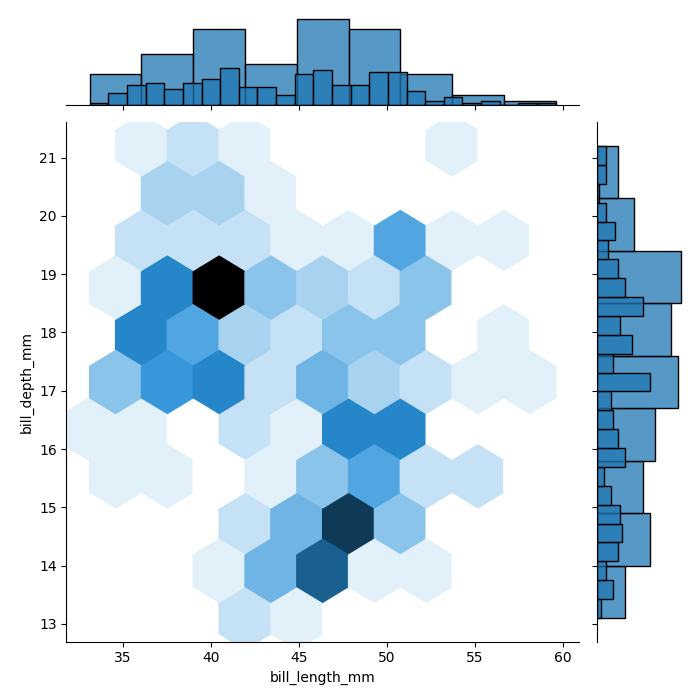
python, seaborn, jointplot, kind='hex', height='7', ratio='5', marginal_ticks='False'